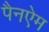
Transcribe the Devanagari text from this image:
पैनऐम